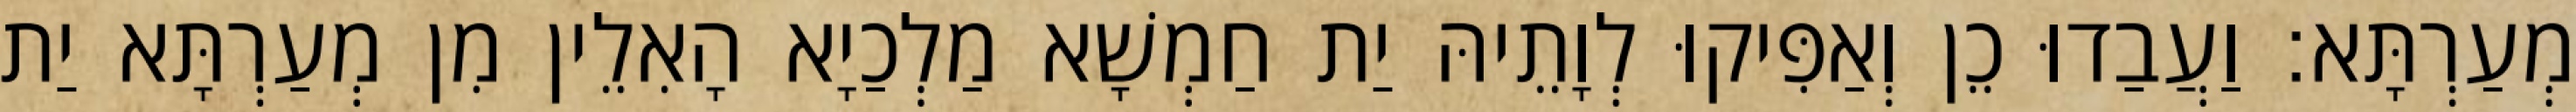
מְעַרְתָּא׃ וַעֲבַדוּ כֵן וְאַפִּיקוּ לְוָתֵיהּ יַת חַמְשָׁא מַלְכַיָא הָאִלֵין מִן מְעַרְתָּא יַת